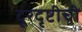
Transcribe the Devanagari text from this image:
दूरदृष्टीची